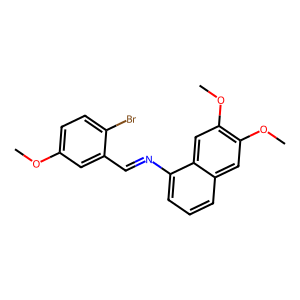
SMILES: COc1ccc(Br)c(C=Nc2cccc3cc(OC)c(OC)cc23)c1
Inhibits HIV replication: No